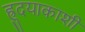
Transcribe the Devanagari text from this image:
ह्रुदयाकाशीं